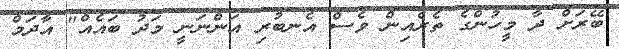
ބޭރަށް ދާ މީހުންގެ ތެރެއިން ވެސް އެނބުރި އަންނަނީ މަދު ބައެއް" އާދަމް